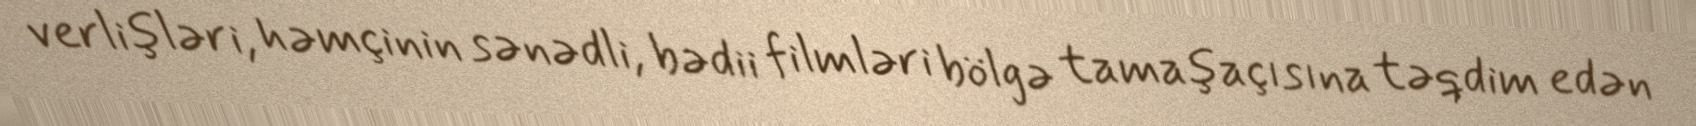
verlişləri, həmçinin sənədli, bədii filmləri bölgə tamaşaçısına təqdim edən